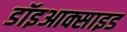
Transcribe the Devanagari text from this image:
डॉइआक्साइड